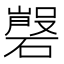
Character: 𱴲